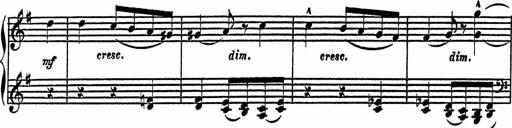
Title: 4 Piano Sonatinas
Composer: Adam Geibel